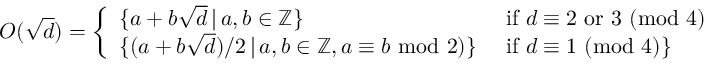
O ( { \sqrt { d } } ) = { \left\{ \begin{array} { l l } { \{ a + b { \sqrt { d } } \, | \, a , b \in \mathbb { Z } \} } & { { \mathrm { ~ i f ~ } } d \equiv 2 { \mathrm { ~ o r ~ } } 3 \, \, ( \mathrm { m o d } \, \, 4 ) } \\ { \{ ( a + b { \sqrt { d } } ) / 2 \, | \, a , b \in \mathbb { Z } , a \equiv b \, \, \mathrm { m o d } \, \, 2 ) \} } & { { \mathrm { ~ i f ~ } } d \equiv 1 \, \, ( \mathrm { m o d } \, \, 4 ) \} } \end{array} \right. }